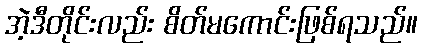
အဲ့ဒီတိုင်းလည်း စိတ်မကောင်းဖြစ်ရသည်။